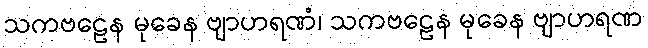
သကဗဠေန မုခေန ဗျာဟရဏံ၊ သကဗဠေန မုခေန ဗျာဟရဏ